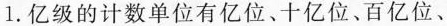
1.亿级的计数单位有亿位、十亿位、百亿位、